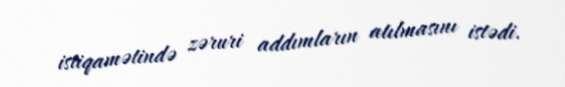
istiqamətində zəruri addımların atılmasını istədi.